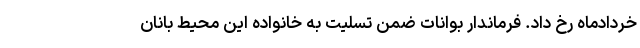
خردادماه رخ داد. فرماندار بوانات ضمن تسلیت به خانواده این محیط بانان